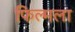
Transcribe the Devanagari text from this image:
फिल्मला